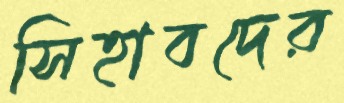
সিহাবদের